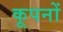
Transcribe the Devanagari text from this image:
कूपनों